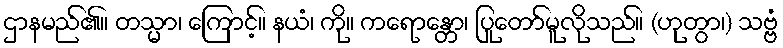
ဌာနမည်၏။ တသ္မာ၊ ကြောင့်။ နယံ၊ ကို။ ကရောန္တော၊ ပြုတော်မူလိုသည်။ (ဟုတွာ၊) သဗ္ဗံ